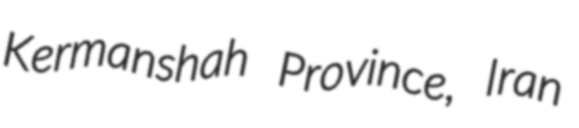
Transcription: Kermanshah Province, Iran